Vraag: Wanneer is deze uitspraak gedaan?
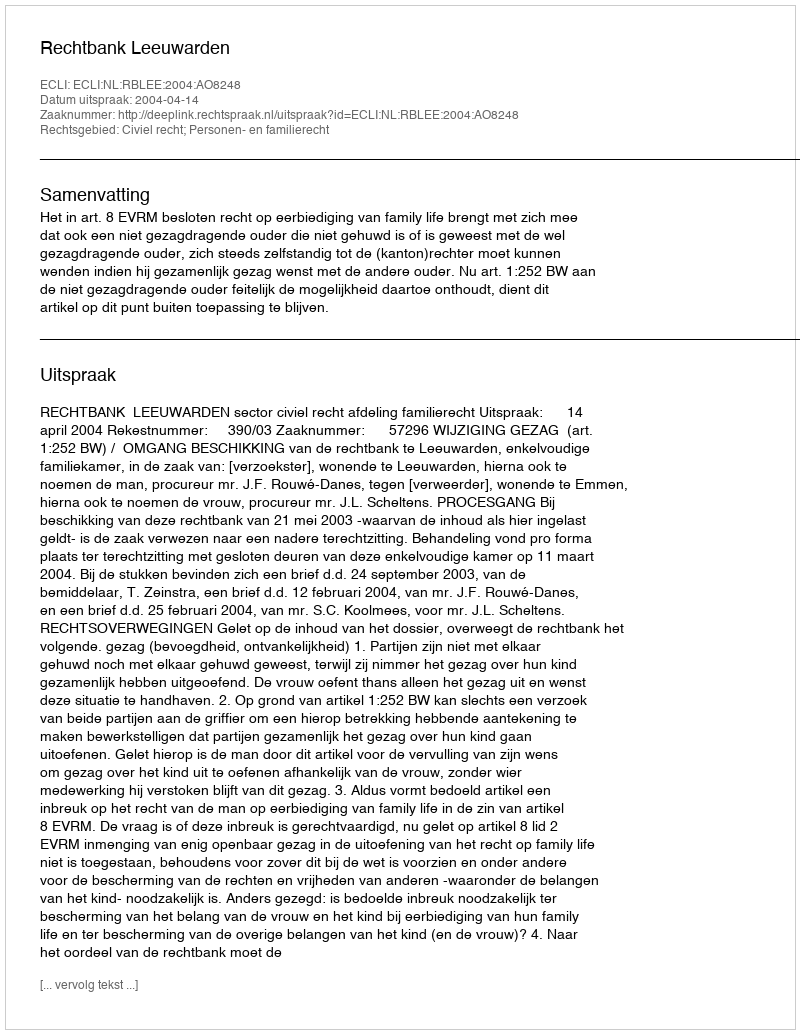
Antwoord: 2004-04-14